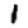
Digit: 1